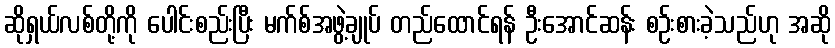
ဆိုရှယ်လစ်တို့ကို ပေါင်းစည်းပြီး မက်စ်အဖွဲ့ချုပ် တည်ထောင်ရန် ဦးအောင်ဆန်း စဉ်းစားခဲ့သည်ဟု အဆို